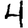
Digit: 4